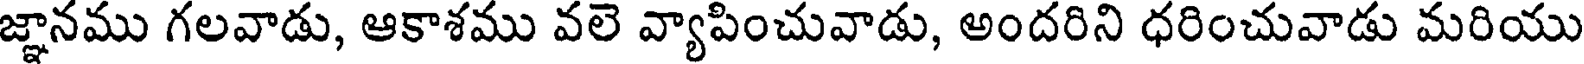
జ్ఞానము గలవాడు, ఆకాశము వలె వ్యాపించువాడు, అందరిని ధరించువాడు మరియు